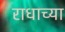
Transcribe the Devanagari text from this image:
राधाच्या